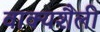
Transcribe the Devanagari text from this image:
वाक्यशैली